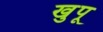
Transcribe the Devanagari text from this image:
खुपू